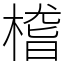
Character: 㮷